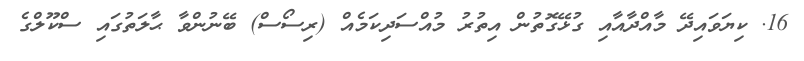
16. ކިޔަވައިދޭ މާއްދާއާއި ގުޅޭގޮތުން އިތުރު މުއްސަދިކަމެއް (ރިސޯސް) ބޭނުންވާ ޙާލަތުގައި ސްކޫލްގެ